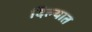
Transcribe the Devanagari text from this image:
दिल्यात